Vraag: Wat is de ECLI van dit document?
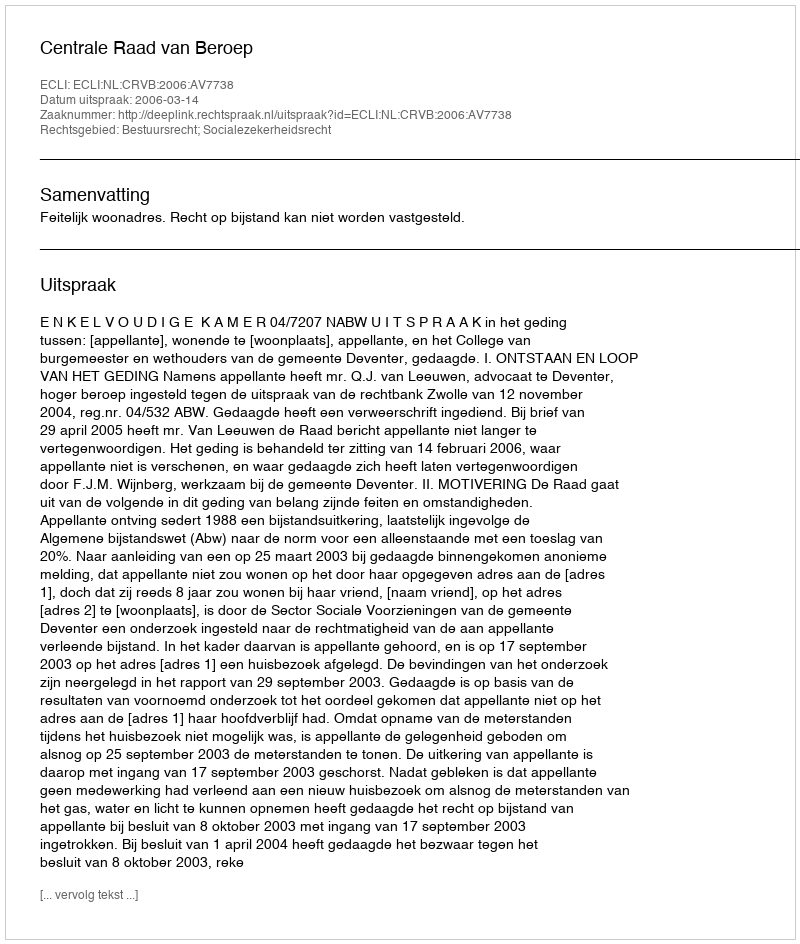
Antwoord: ECLI:NL:CRVB:2006:AV7738